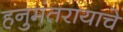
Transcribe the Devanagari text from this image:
हनुमंतरायाचे